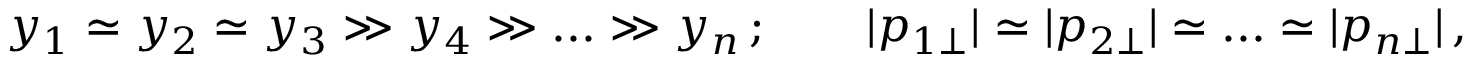
y _ { 1 } \simeq y _ { 2 } \simeq y _ { 3 } \gg y _ { 4 } \gg . . . \gg y _ { n } \, ; \qquad | p _ { 1 \perp } | \simeq | p _ { 2 \perp } | \simeq . . . \simeq | p _ { n \perp } | \, ,